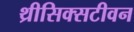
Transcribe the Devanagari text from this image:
थ्रीसिक्सटीवन